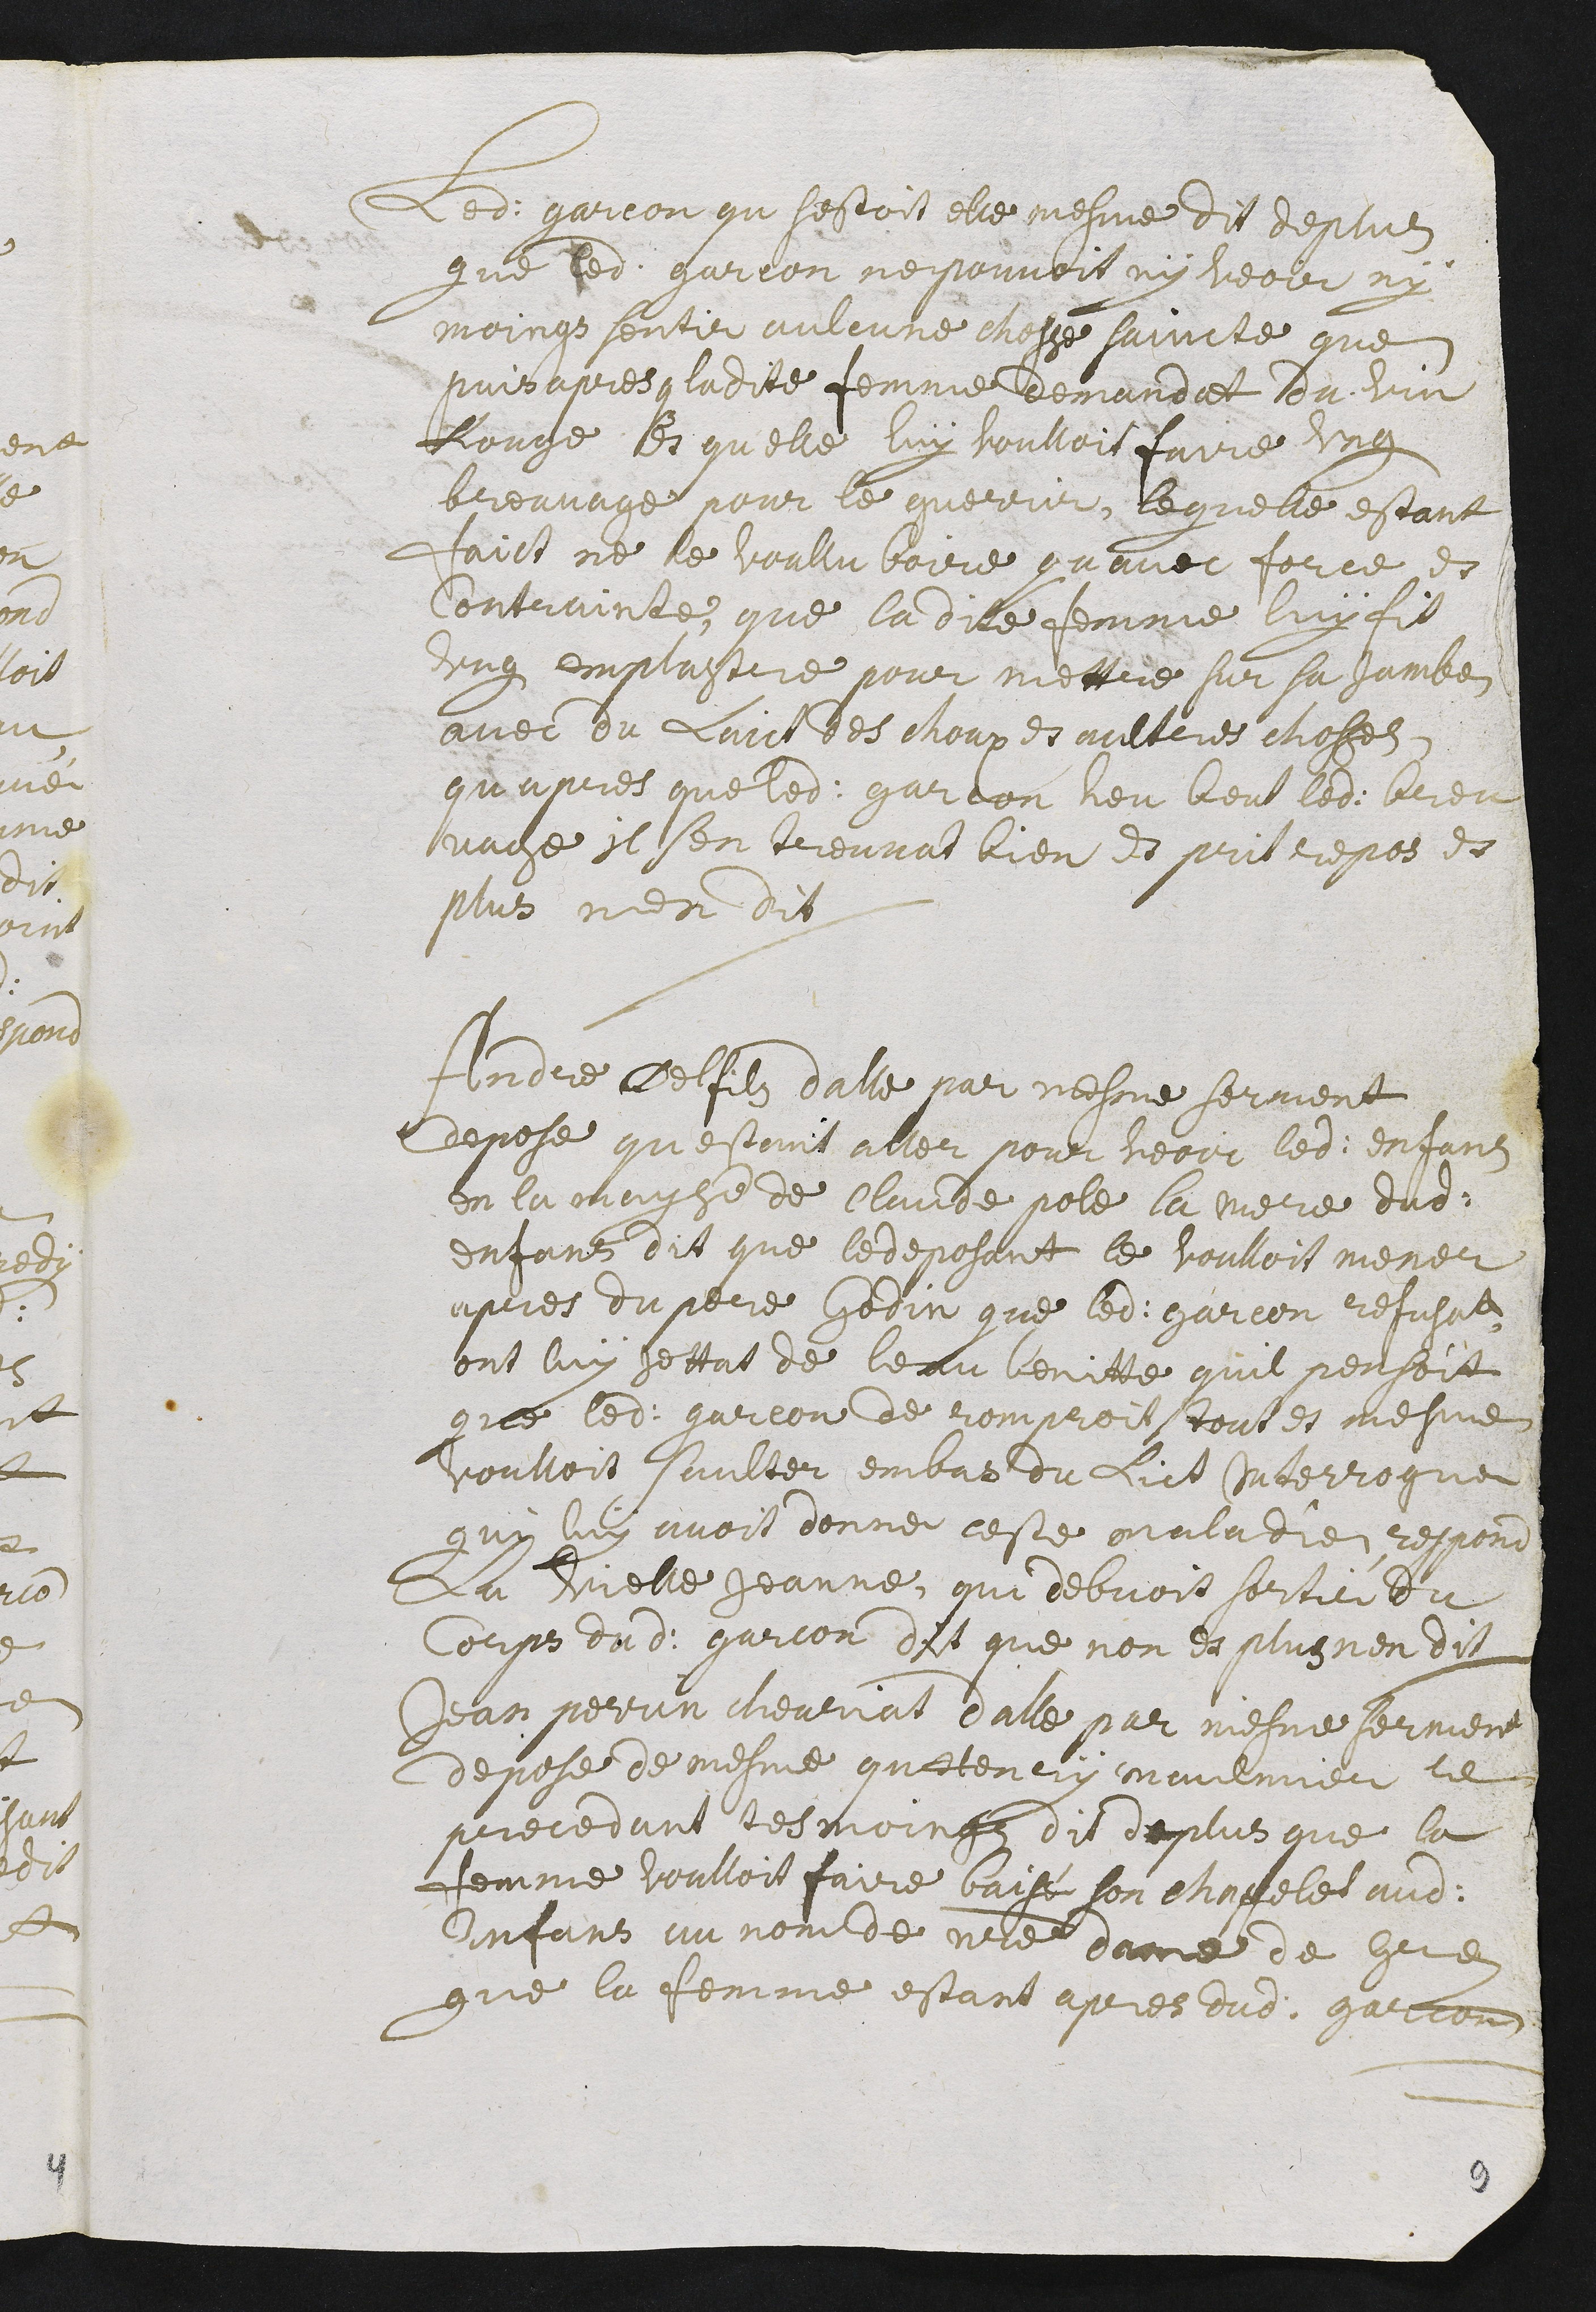
ledit gracon qu s’estoit elle mesme. Dit de plus
que ledit garcon ne pouvoit ny veoir ny
moings sentir aulcune chosse saincte que
puis apres ladite femme demandat du vin
rouge et qu’elle luy voulloit faire ung
breuvage pour le guerrir, lequelle estant
faict ne le voullu boire qu’avec force et
contrainte. Que ladite femme luy fit
ung emplastre pour mettre sur sa jambe,
avec du laict, des choux et aultres chosses,
qu’apres que ledit gracon heu beut ledit breu-
vage il s’en trouvat bien et prit repos. Et
plus n’en dit.
André Delfils d’Alle par mesme serment
depose qu’estant aller pour veoir ledit enfans
en la mayson de Claude Pole la mere dudit
enfans dit que le deposant le voulloit mener
apres du pere Godin que ledit garcon refusat.
Ont luy jettat de l’eau benitte qu’il pensoit
que ledit garcon de romproit tout et mesme
voulloit saulter en bas du lict. Interrogué
quy luy avoit donné ceste maladie, respond
la vielle Jeanne, qui debvoit sortir du
corps dudit garcon dit que non. Et plus n’en dit.
Jean Perrin Cheuriat d’Alle par mesme serment
depose de mesme qu’Henry Maulmier le
precedant tesmoings. Dit de plus que la
emme voulloit faire baisé son chappelet audit
enfans au nom de notre Dame de Grey
Que la femme estant apres dudit garcon